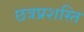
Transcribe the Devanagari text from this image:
छत्रप्रशस्ति